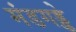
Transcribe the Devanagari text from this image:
मंडगड्डे